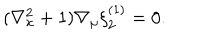
( \nabla _ { x } ^ { 2 } + 1 ) \nabla _ { \mu } \xi _ { 2 } ^ { ( 1 ) } = 0 .